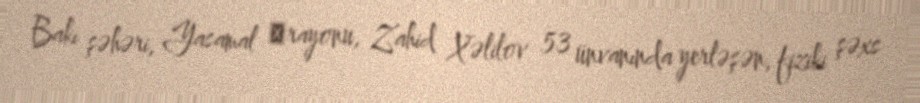
Bakı şəhəri, Yasamal ‎rayonu, Zahid Xəlilov 53 ünvanında yerləşən, fiziki şəxs